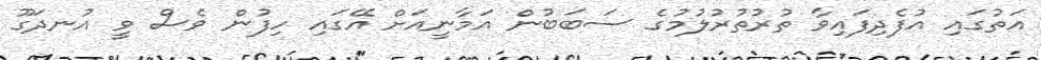
އަތުގައި އުފެދިފައިވާ ތުރުތުރުލުމުގެ ސަބަބުން އަމާނީއަށް އޭގައި ހިފުން ވެސް ވީ އުނދަގޫ